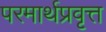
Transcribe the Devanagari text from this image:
परमार्थप्रवृत्त